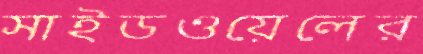
সাইডওয়েলের